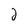
Character: 2